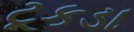
ટૂકડા